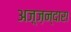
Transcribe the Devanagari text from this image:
अज़्ज़न्दारा